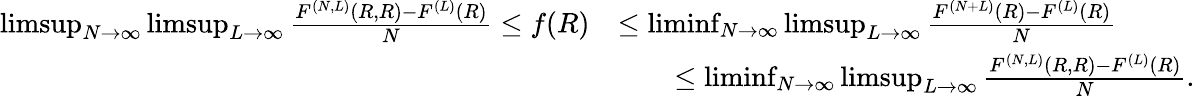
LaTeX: \begin{array}{rl}{\operatorname*{limsup}_{N\rightarrow\infty}\operatorname*{limsup}_{L\rightarrow\infty}\frac{F^{(N,L)}(R,R)-F^{(L)}(R)}{N}\leq f(R)}&{\leq\operatorname*{liminf}_{N\rightarrow\infty}\operatorname*{limsup}_{L\rightarrow\infty}\frac{F^{(N+L)}(R)-F^{(L)}(R)}{N}}\\ &{\qquad\leq\operatorname*{liminf}_{N\rightarrow\infty}\operatorname*{limsup}_{L\rightarrow\infty}\frac{F^{(N,L)}(R,R)-F^{(L)}(R)}{N}.}\end{array}